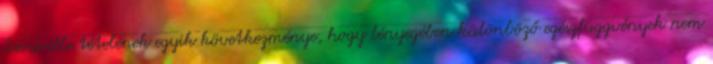
Liouville tételének egyik következménye, hogy lényegében különböző egészfüggvények nem